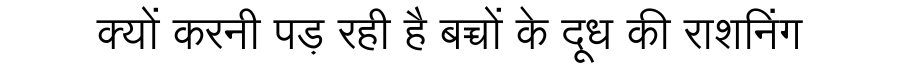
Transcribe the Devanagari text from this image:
क्यों करनी पड़ रही है बच्चों के दूध की राशनिंग